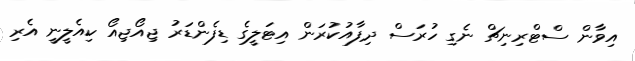
އިވާން ސްޓްރިނިޗް ނެގި ހުރަސް ދިފާއުކުރަން އިޓަލީގެ ޑިފެންޑަރު ޖިއޯޖިއޯ ކިއެލީނީ އެރި